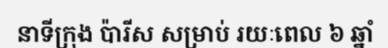
នាទីក្រុង ប៉ារីស សម្រាប់ រយៈពេល ៦ ឆ្នាំ